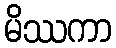
မိဿကာ